Salla_vallavalitsus, lk 21
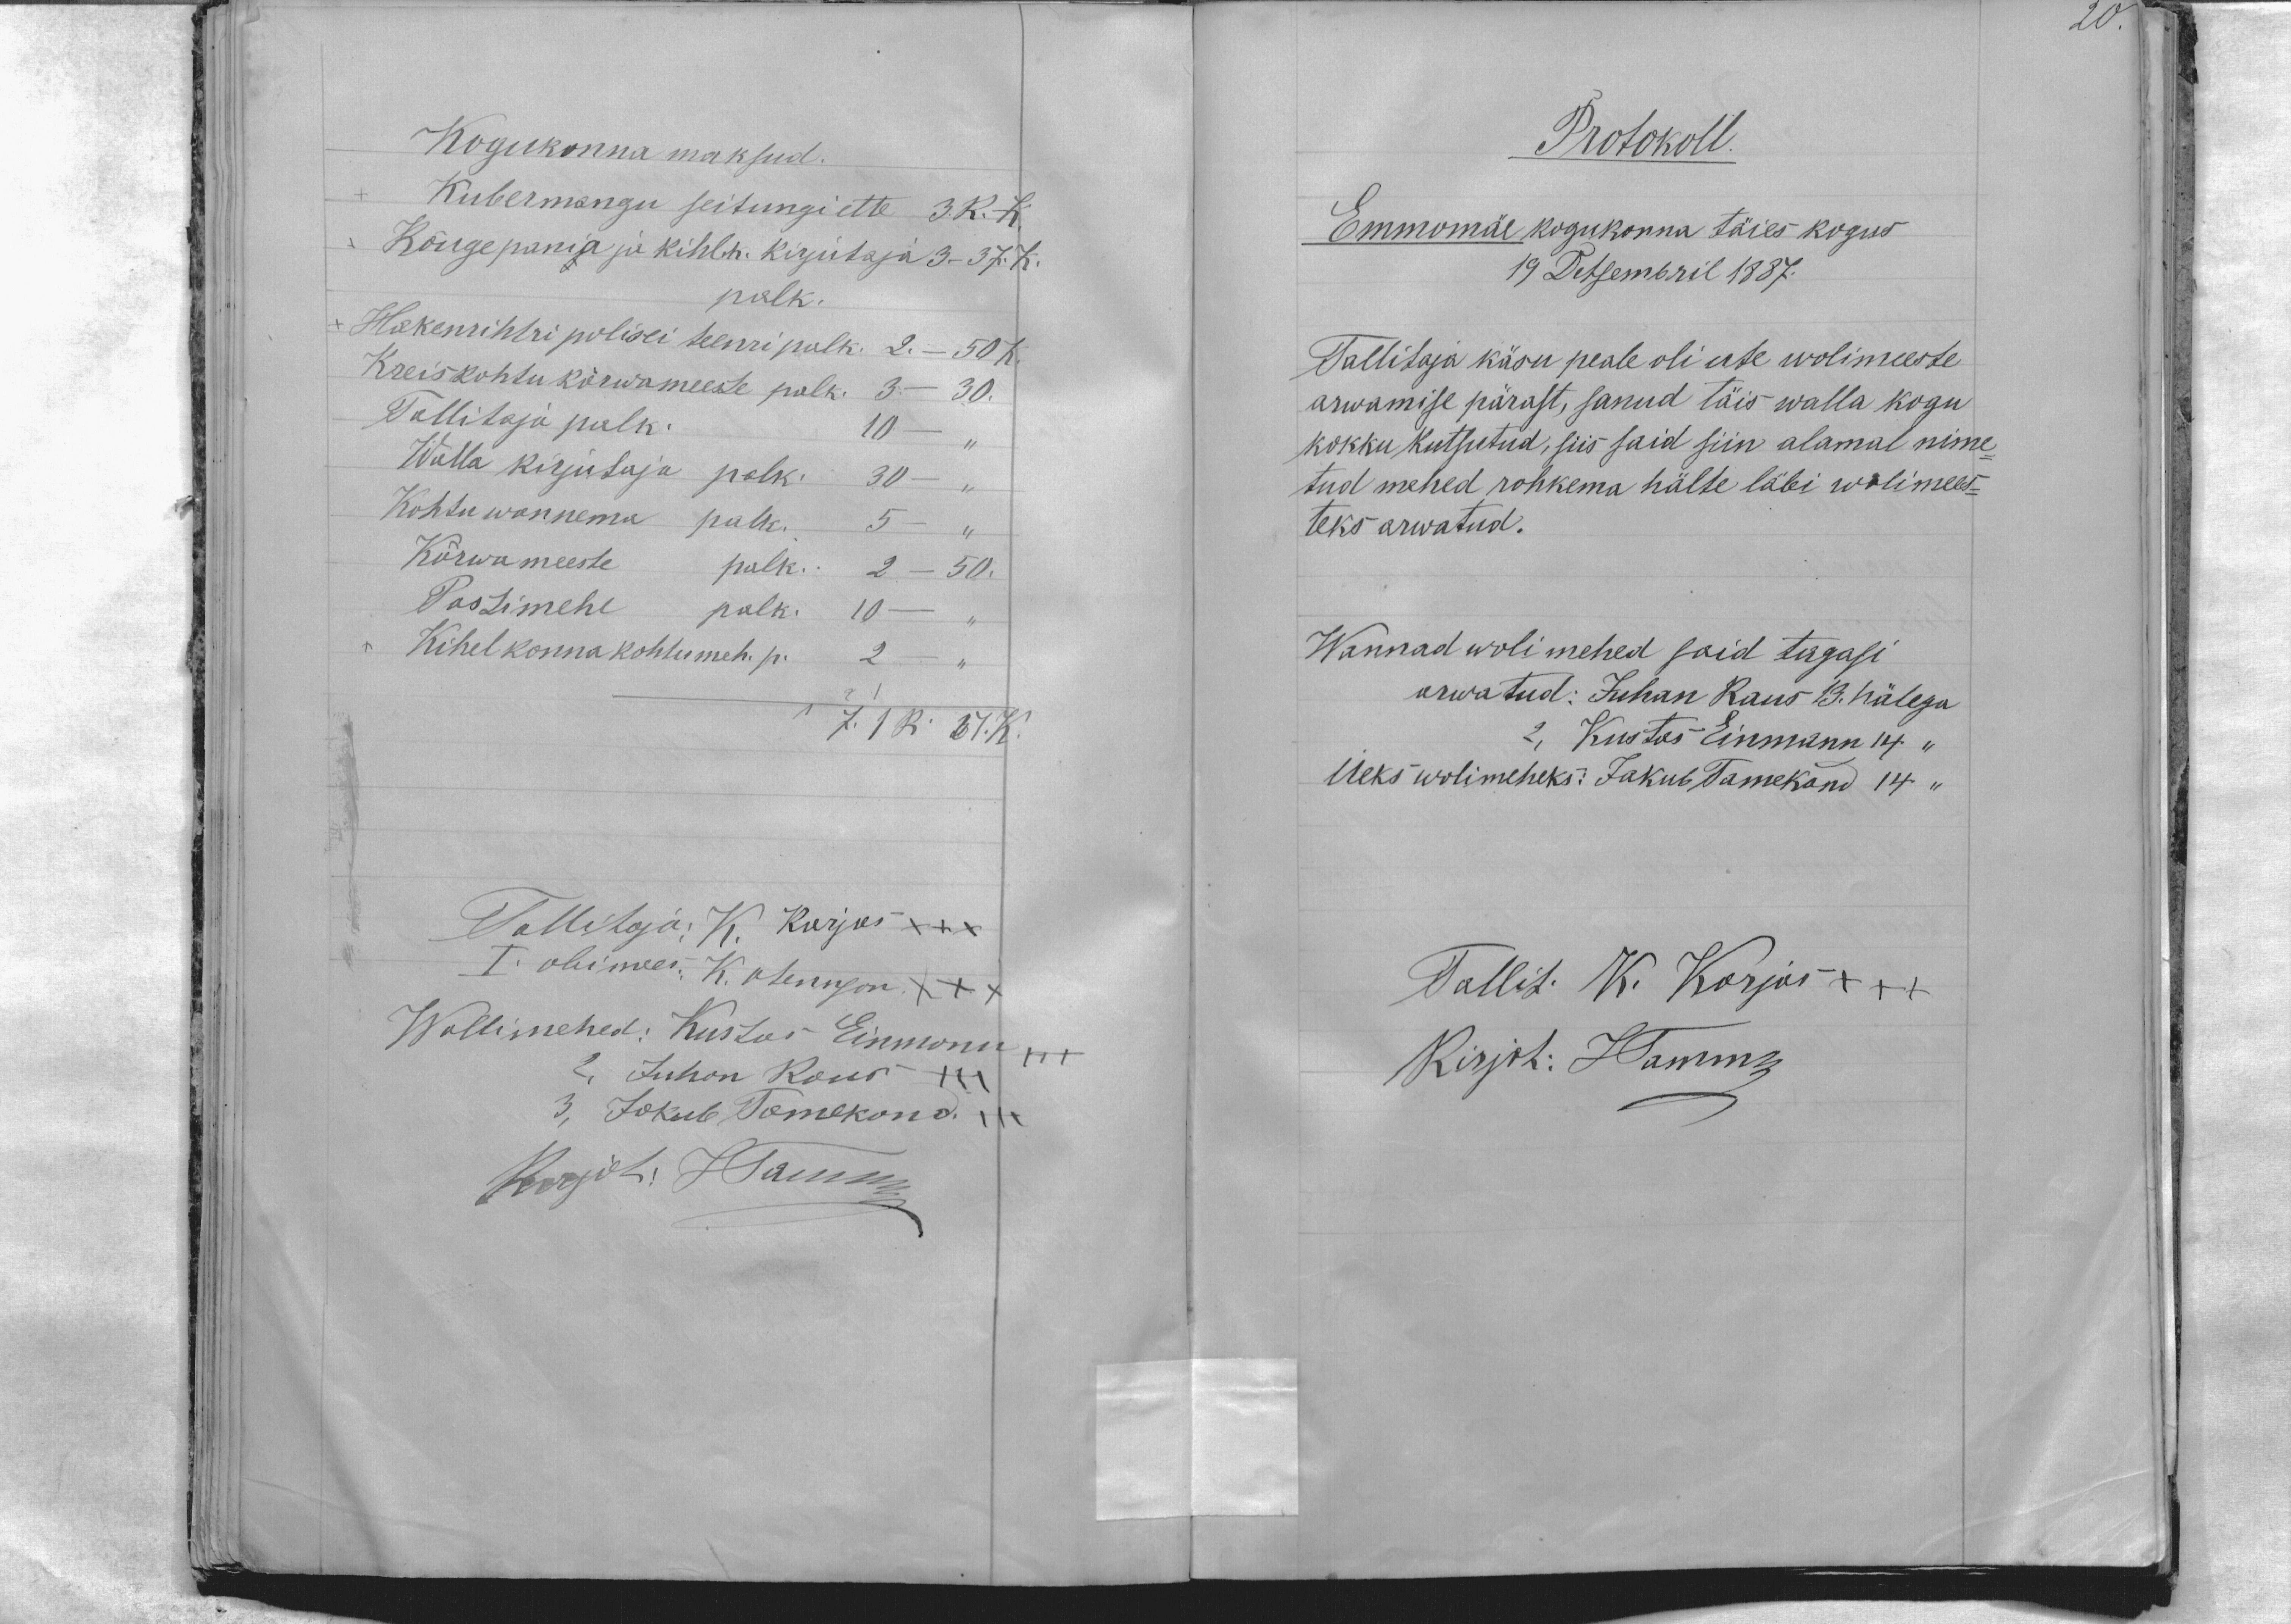
20

Kogukonna maksud.
Kubermangu seitungi ette 3.R.K.
Rõuge pania ja kihlk. kirjutaja 3 - 37 k.
palk.
Hakenrihtri polisei teenri palk. 2.- 50 K.
Kreis kohtu kõrwameeste palk. 3. - 30
Tallitaja palk. 10 -
Walla kirjutaja palk. 30 -
Kohtu wannema palk. 5 - "
Kõrwameeste palk. 2 - 50,
Postimehe palk 10 -
Kihelkonna kohtumeh. p.
2
7. 1 R. 37. K.
Tallitaja: K. Korjas x+x
I. abimees. K. otsenson x+x
Wollimehed: Kustas Einmann +++
2, Juhan Raus +++
3, Jakub Tamekond. +++
Kirjut: J Tamm.

Protokoll.
Emmomäe kogukonna täies kogus
19 Detsembril 1887.
Tallitaja käsu peale oli ute wolimeeste
arwamise pärast, sanud täis walla kogu
kokku kutsutud, siis said siin alamal nime
tud mehed rohkema hälte läbi wolimees-
teks arwatud.
Wannad wolimehed said tagasi
arwatud: Juhan Raus 19. hälega
2, Kustas Einmann 14 "
Ueks wolimeheks: Jakub Tamekand 14 "
Tallit. K. Korjas +++
Kirjot: JTamm